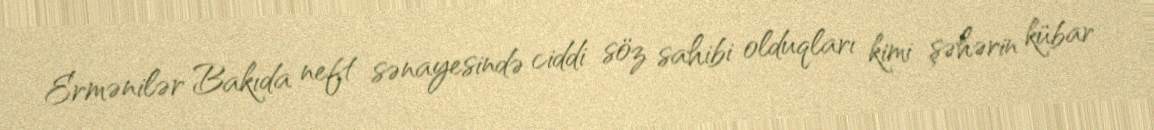
Ermənilər Bakıda neft sənayesində ciddi söz sahibi olduqları kimi şəhərin kübar